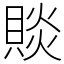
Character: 賧